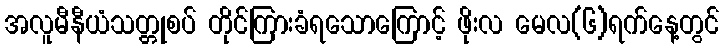
အလူမီနီယံသတ္တုစပ် တိုင်ကြားခံရသောကြောင့် ဖိုးလ မေလ(၆)ရက်နေ့တွင်